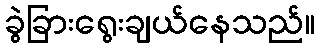
ခွဲခြားရွေးချယ်နေသည်။